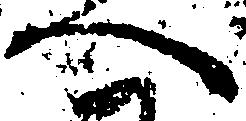
へ